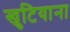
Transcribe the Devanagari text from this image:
खुटियाना